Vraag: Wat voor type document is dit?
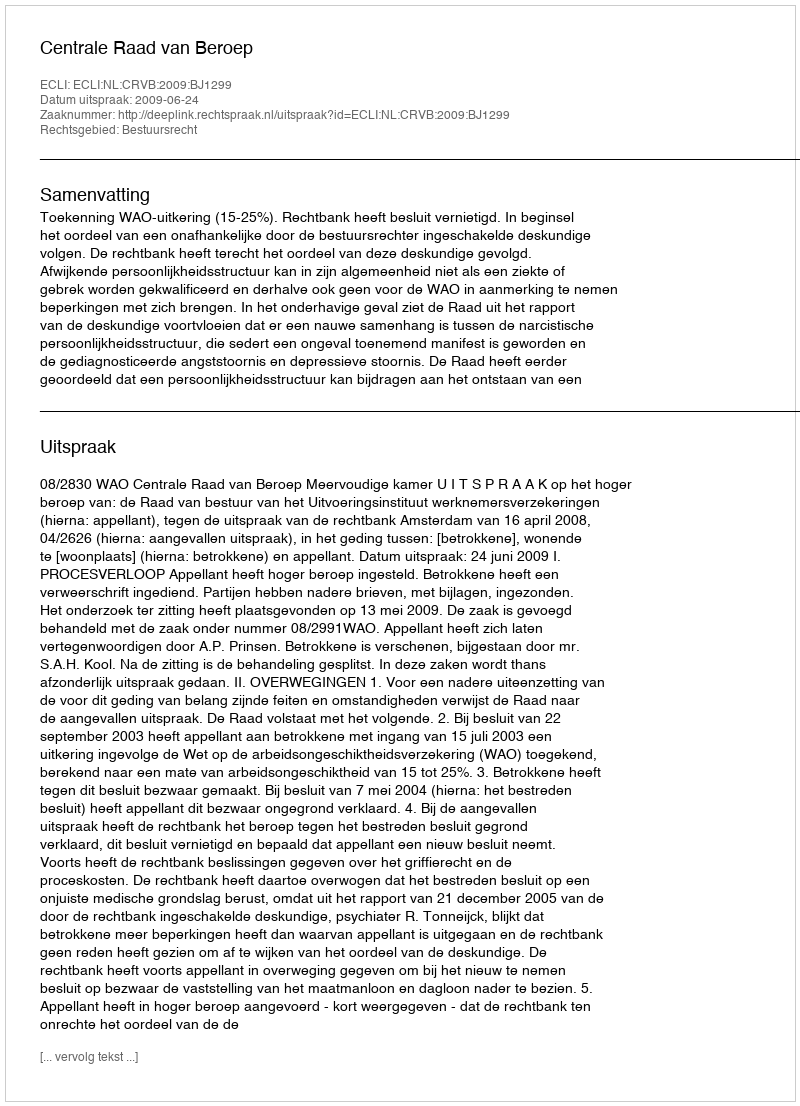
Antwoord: Uitspraak